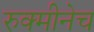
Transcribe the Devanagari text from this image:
रुक्मीनेच